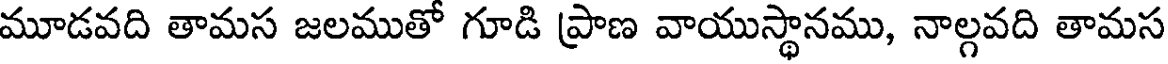
మూడవది తామస జలముతో గూడి ప్రాణ వాయుస్థానము, నాల్గవది తామస